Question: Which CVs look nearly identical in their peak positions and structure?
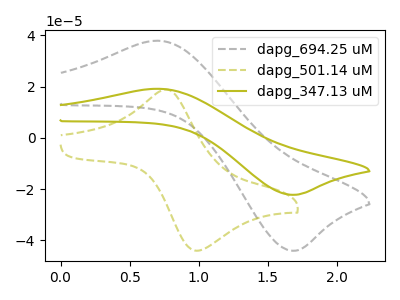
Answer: <think>The gray dashed curve "dapg_694.25 uM" has an anodic peak at (0.70V, 37.90uA) and a cathodic peak at (1.65V, -44.10uA). The olive dashed curve "dapg_501.14 uM" has an anodic peak at (0.75V, 18.85uA) and a cathodic peak at (0.95V, -44.00uA). The olive curve "dapg_347.13 uM" has an anodic peak at (0.70V, 19.15uA) and a cathodic peak at (1.65V, -22.25uA).
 "dapg_694.25 uM" and "dapg_501.14 uM" have at least one peak that do not match. All the peaks in "dapg_694.25 uM" have a peak in "dapg_347.13 uM" at the same potential. Every peak in "dapg_694.25 uM" is higher than every peak in "dapg_347.13 uM". "dapg_501.14 uM" and "dapg_347.13 uM" have at least one peak that do not match.</think>
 <answer>"dapg_694.25 uM" and "dapg_347.13 uM" have the same shape and are likely CV's of the same chemical.</answer>
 <eval>"dapg_694.25 uM" "dapg_347.13 uM"</eval>